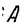
Character: A